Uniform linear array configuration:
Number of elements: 12
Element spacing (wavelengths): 0.25
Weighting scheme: kaiser
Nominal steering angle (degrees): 15
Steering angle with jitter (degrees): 13.879
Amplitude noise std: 0.05
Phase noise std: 0.05

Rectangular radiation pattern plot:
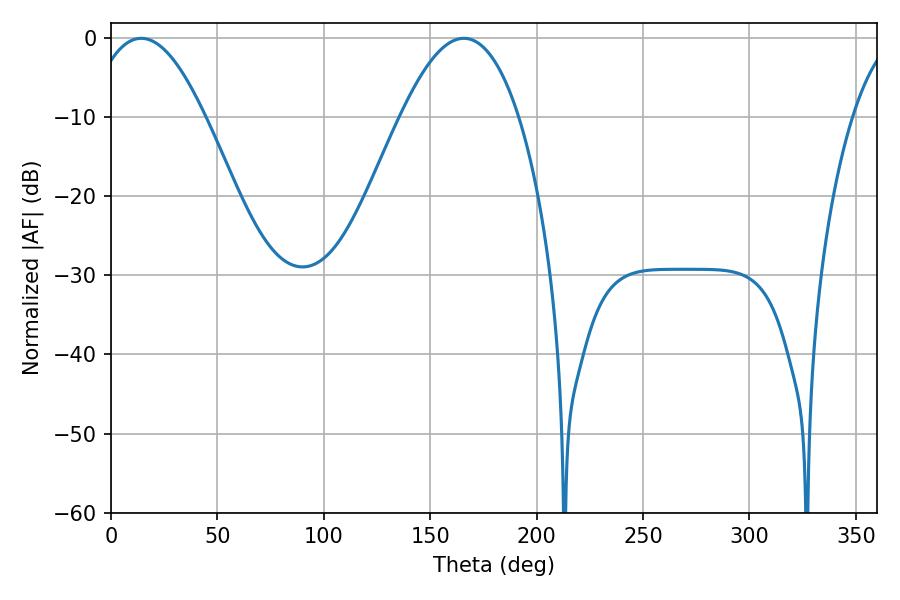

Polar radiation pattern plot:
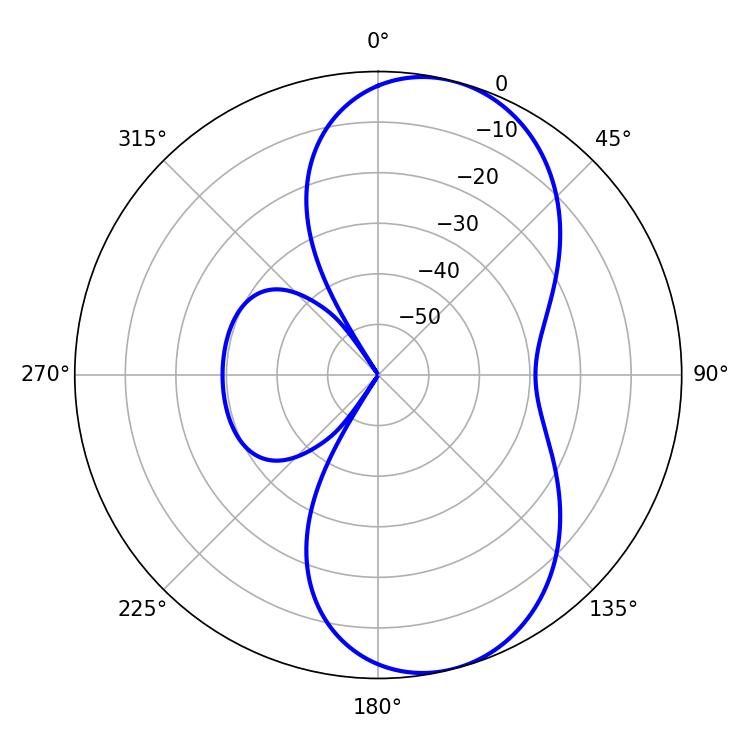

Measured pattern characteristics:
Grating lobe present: FALSE
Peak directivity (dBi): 8.203
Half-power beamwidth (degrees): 30.06
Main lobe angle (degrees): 14.22